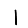
Digit: 1